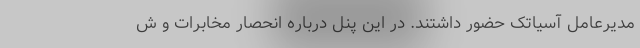
مدیرعامل آسیاتک حضور داشتند. در این پنل درباره انحصار مخابرات و ش